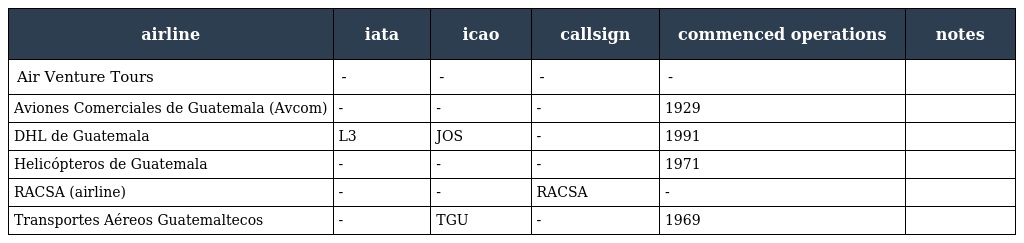
| airline | iata | icao | callsign | commenced operations | notes |
 | --- | --- | --- | --- | --- | --- |
 | Air Venture Tours | - | - | - | - |  |
 | Aviones Comerciales de Guatemala (Avcom) | - | - | - | 1929 |  |
 | DHL de Guatemala | L3 | JOS | - | 1991 |  |
 | Helicópteros de Guatemala | - | - | - | 1971 |  |
 | RACSA (airline) | - | - | RACSA | - |  |
 | Transportes Aéreos Guatemaltecos | - | TGU | - | 1969 |  |